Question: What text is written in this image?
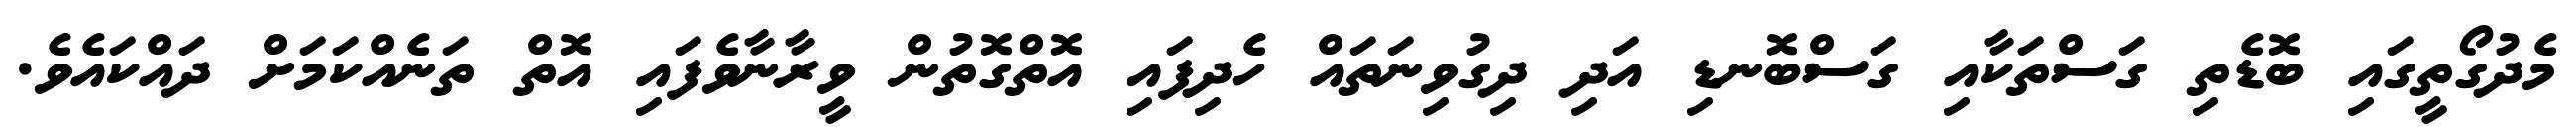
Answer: މެދުގޯތީގައި ބޮޑެތި ގަސްތަކާއި ގަސްބޮނޑި އަދި ދިގުވިނަތައް ހެދިފައި އޮތްގޮތުން ވީރާނާވެފައި އޮތް ތަނެއްކަމަށް ދައްކައެވެ.